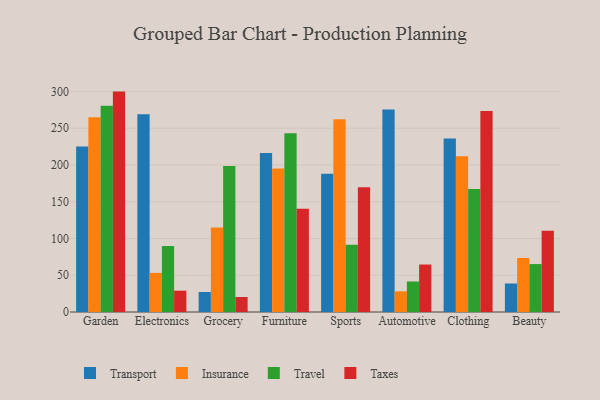
{"axis": {"x": "Category", "y": "Churn Rate (%)"}, "legend": ["Insurance", "Taxes", "Transport", "Travel"], "data": [{"x": "Garden", "y": 225.1, "type": "Transport"}, {"x": "Garden", "y": 265.0, "type": "Insurance"}, {"x": "Garden", "y": 280.4, "type": "Travel"}, {"x": "Garden", "y": 299.8, "type": "Taxes"}, {"x": "Electronics", "y": 269.1, "type": "Transport"}, {"x": "Electronics", "y": 53.2, "type": "Insurance"}, {"x": "Electronics", "y": 89.8, "type": "Travel"}, {"x": "Electronics", "y": 29.0, "type": "Taxes"}, {"x": "Grocery", "y": 27.2, "type": "Transport"}, {"x": "Grocery", "y": 114.9, "type": "Insurance"}, {"x": "Grocery", "y": 198.5, "type": "Travel"}, {"x": "Grocery", "y": 20.4, "type": "Taxes"}, {"x": "Furniture", "y": 216.2, "type": "Transport"}, {"x": "Furniture", "y": 195.1, "type": "Insurance"}, {"x": "Furniture", "y": 243.3, "type": "Travel"}, {"x": "Furniture", "y": 140.5, "type": "Taxes"}, {"x": "Sports", "y": 188.0, "type": "Transport"}, {"x": "Sports", "y": 262.2, "type": "Insurance"}, {"x": "Sports", "y": 91.4, "type": "Travel"}, {"x": "Sports", "y": 169.7, "type": "Taxes"}, {"x": "Automotive", "y": 275.3, "type": "Transport"}, {"x": "Automotive", "y": 28.1, "type": "Insurance"}, {"x": "Automotive", "y": 41.5, "type": "Travel"}, {"x": "Automotive", "y": 64.6, "type": "Taxes"}, {"x": "Clothing", "y": 236.0, "type": "Transport"}, {"x": "Clothing", "y": 211.9, "type": "Insurance"}, {"x": "Clothing", "y": 167.2, "type": "Travel"}, {"x": "Clothing", "y": 273.4, "type": "Taxes"}, {"x": "Beauty", "y": 38.8, "type": "Transport"}, {"x": "Beauty", "y": 73.5, "type": "Insurance"}, {"x": "Beauty", "y": 65.2, "type": "Travel"}, {"x": "Beauty", "y": 110.4, "type": "Taxes"}]}